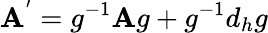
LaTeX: \mathbf{A}^{'}=g^{-1}\mathbf{A}g+g^{-1}d_{h}g